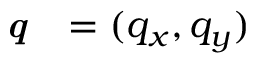
\textbf { \textit { q } } = ( q _ { x } , q _ { y } )